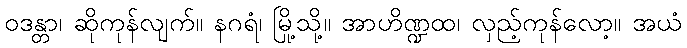
ဝဒန္တာ၊ ဆိုကုန်လျက်။ နဂရံ၊ မြို့သို့။ အာဟိဏ္ဍထ၊ လှည့်ကုန်လော့။ အယံ